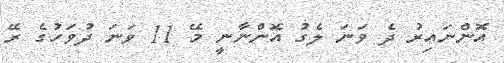
އޮންނައިރު ދެ ވަނަ ލެގު އޮންނާނީ މޭ 11 ވަނަ ދުވަހުގެ ރޭ